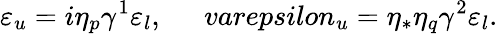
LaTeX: \varepsilon_{u}=i\eta_{p}\gamma^{1}\varepsilon_{l},\ \ \ \ \ \, varepsilon_{u}=\eta_{*}\eta_{q}\gamma^{2}\varepsilon_{l}.